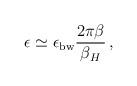
LaTeX: \begin{align*}\epsilon\simeq \epsilon_{\rm bw}{2\pi\beta\over \beta_H}\,,\end{align*}